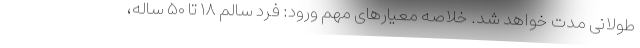
طولانی مدت خواهد شد. خلاصه معیار‌های مهم ورود: فرد سالم ۱۸ تا ۵۰ ساله،